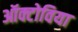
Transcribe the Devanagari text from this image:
ऑक्टोविया